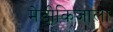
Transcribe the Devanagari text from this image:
मेडीकिजाला